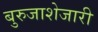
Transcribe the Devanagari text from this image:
बुरुजाशेजारी